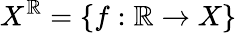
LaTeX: X^{\mathbb{R}}=\{ f:\mathbb{R}\to X\}